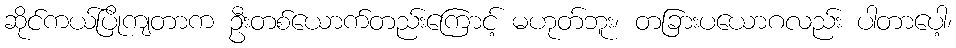
ဆိုင်ကယ်ပြိုကျတာက ဦးတစ်ယောက်တည်းကြောင့် မဟုတ်ဘူး၊ တခြားပယောဂလည်း ပါတာပေါ့၊